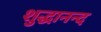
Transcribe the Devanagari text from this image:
शुद्धानन्द